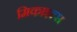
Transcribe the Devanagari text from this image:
मिकाइल्स